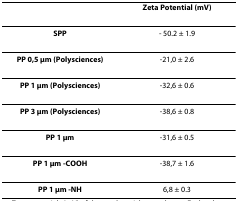
<table><thead><tr><td></td><td><b>Zeta Potential (mV)</b></td></tr></thead><tbody><tr><td><b>SPP</b></td><td>- 50.2 ± 1.9</td></tr><tr><td><b>PP 0,5 μm (Polysciences)</b></td><td>-21,0 ± 2.6</td></tr><tr><td><b>PP 1 μm (Polysciences)</b></td><td>-32,6 ± 0.6</td></tr><tr><td><b>PP 3 μm (Polysciences)</b></td><td>-38,6 ± 0.8</td></tr><tr><td><b>PP 1 μm</b></td><td>-31,6 ± 0.5</td></tr><tr><td><b>PP 1 μm -COOH</b></td><td>-38,7 ± 1.6</td></tr><tr><td><b>PP 1 μm -NH</b></td><td>6,8 ± 0.3</td></tr></tbody></table>